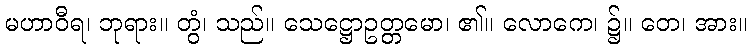
မဟာဝီရ၊ ဘုရား။ တွံ၊ သည်။ သေဋ္ဌောဥတ္တမော၊ ၏။ လောကေ၊ ၌။ တေ၊ အား။